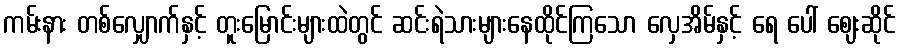
ကမ်းနား တစ်လျှောက်နှင့် တူးမြောင်းများထဲတွင် ဆင်းရဲသားများနေထိုင်ကြသော လှေအိမ်နှင့် ရေ ပေါ် ဈေးဆိုင်